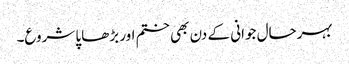
بہرحال جوانی کے دن بھی ختم اور بڑھاپا شروع۔